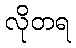
လိုတရ